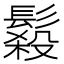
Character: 𩮫